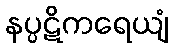
နပ္ပဋိကရေယျံ